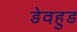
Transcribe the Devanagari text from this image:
डेवहुड